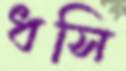
ধসি